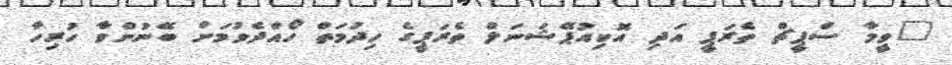
"ވީމާ ސްޕީޗް ތެރަޕީ އަދި އޮކިއުޕޭޝަނަލް ތެރަޕީގެ ހިދުމަތް ހޯއްދެވުމަށް ބޭނުންވާ ހުރިހާ